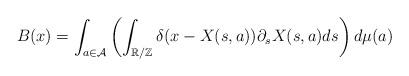
LaTeX: \begin{align*}B(x)=\int_{a\in\mathcal{A}}\left(\int_{\mathbb{R/Z}}\delta(x-X(s,a))\partial_s X(s,a)ds\right) d\mu(a)\end{align*}